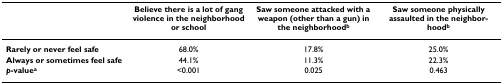
|  | Believe there is a lot of gang violence in the neighborhood or school | Saw someone attacked with a weapon (other than a gun) in the neighborhoodb | Saw someone physically assaulted in the neighborhoodb |
 | --- | --- | --- | --- |
 | Rarely or never feel safe | 68.0% | 17.8% | 25.0% |
 | Always or sometimes feel safe | 44.1% | 11.3% | 22.3% |
 | p-valuea | <0.001 | 0.025 | 0.463 |